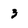
Character: 3